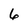
Character: 6